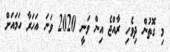
މި ގޮތުން ދިވެހި ރާއްޖެ އިން ވަނީ 2020 ވަނަ އަހަރާ ހަމައަށް